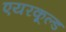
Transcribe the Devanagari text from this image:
एयरकूल्ड